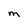
Character: M